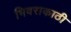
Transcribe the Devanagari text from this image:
भिवराकाठी